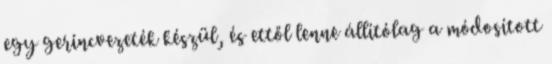
egy gerincvezeték készül, és ettől lenne állítólag a módosított